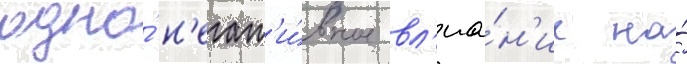
одно́ н'егат'и́вное вл'иа́н'ие на́